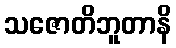
သဇောတိဘူတာနိ